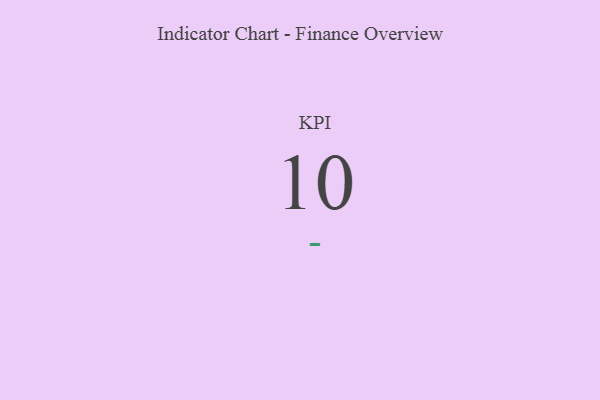
{"axis": {"x": "KPI", "y": "Value"}, "legend": [""], "data": [{"x": "KPI", "y": 10, "type": ""}]}